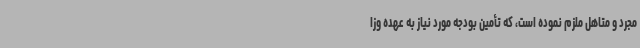
مجرد و متاهل ملزم نموده است، که تأمین بودجه مورد نیاز به عهده وزا